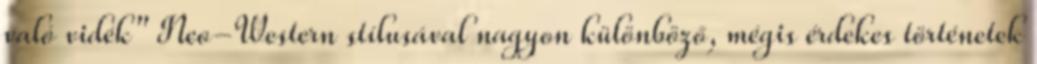
való vidék" Neo-Western stílusával nagyon különböző, mégis érdekes történetek